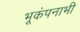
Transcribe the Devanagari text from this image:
भूकंपनाभी